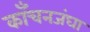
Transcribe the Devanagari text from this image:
काँचनजंघा